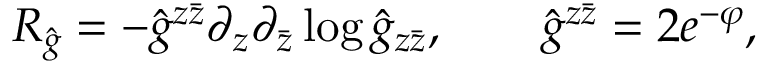
R _ { \hat { g } } = - { \hat { g } } ^ { z \bar { z } } \partial _ { z } \partial _ { \bar { z } } \log { \hat { g } } _ { z \bar { z } } , \qquad \hat { g } ^ { z \bar { z } } = 2 e ^ { - \varphi } ,